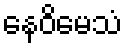
နေဝိမေသံ